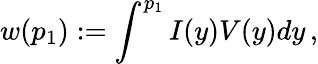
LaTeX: w(p_{1}):=\int^{p_{1}}I(y)V(y)dy\, ,